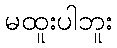
မထူးပါဘူး